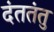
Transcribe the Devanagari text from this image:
दंततंतु